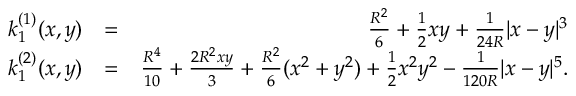
\begin{array} { r l r } { k _ { 1 } ^ { ( 1 ) } ( x , y ) } & { = } & { \frac { R ^ { 2 } } { 6 } + \frac { 1 } { 2 } x y + \frac { 1 } { 2 4 R } | x - y | ^ { 3 } } \\ { k _ { 1 } ^ { ( 2 ) } ( x , y ) } & { = } & { \frac { R ^ { 4 } } { 1 0 } + \frac { 2 R ^ { 2 } x y } { 3 } + \frac { R ^ { 2 } } { 6 } ( x ^ { 2 } + y ^ { 2 } ) + \frac { 1 } { 2 } x ^ { 2 } y ^ { 2 } - \frac { 1 } { 1 2 0 R } | x - y | ^ { 5 } . } \end{array}